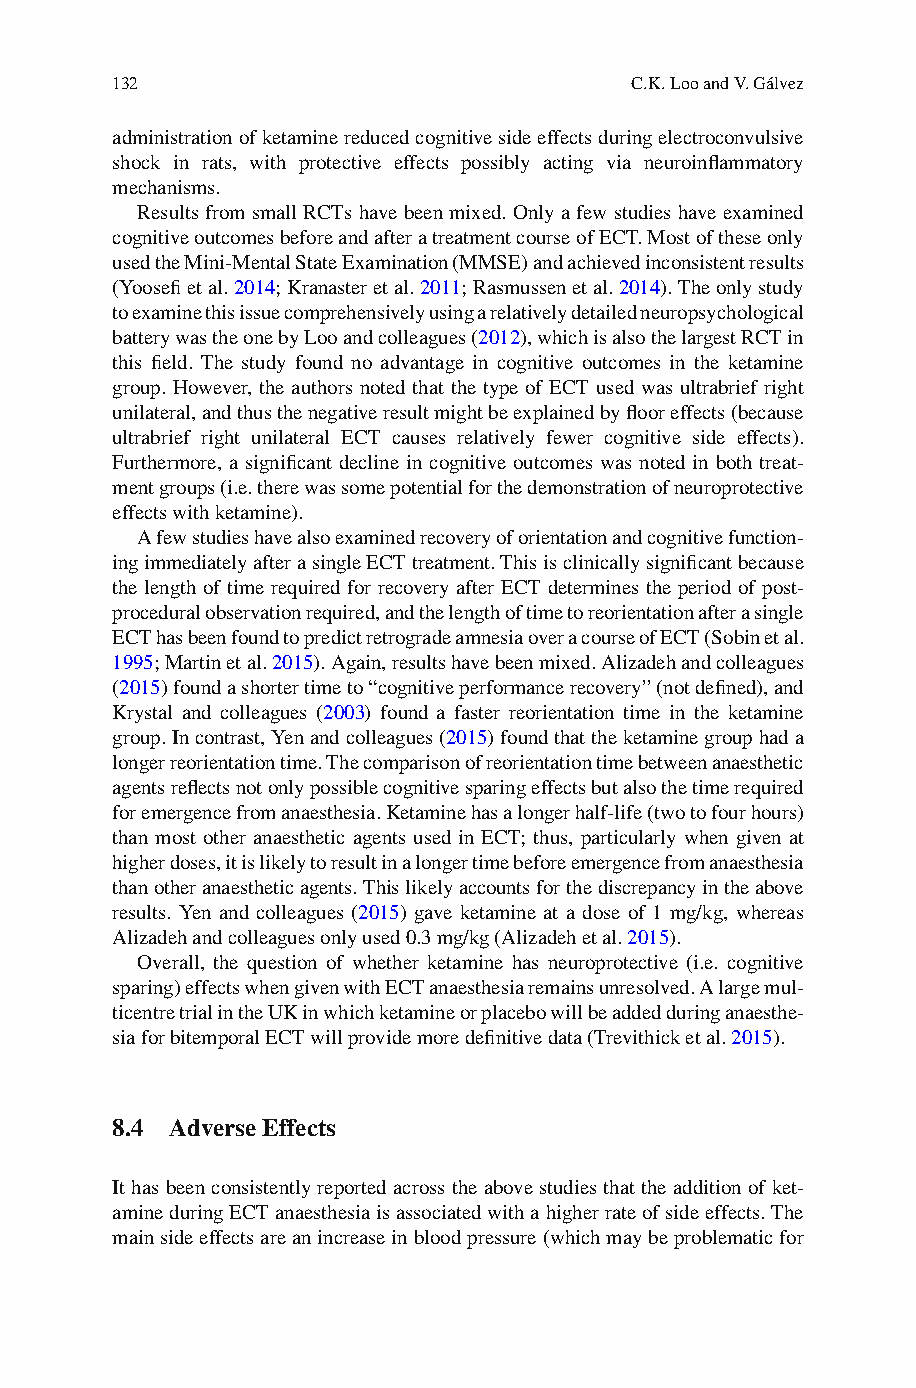
132                                C.K. Loo and V. Gálvez
 administration of ketamine reduced cognitive side effects during electroconvulsive
 shock in rats, with protective effects possibly acting via neuroinfl ammatory
 mechanisms.
 Results from small RCTs have been mixed. Only a few studies have examined
 cognitive outcomes before and after a treatment course of ECT. Most of these only
 used the Mini-Mental State Examination (MMSE) and achieved inconsistent results
 (Yoosefi et al. 2 014 ; Kranaster et al. 2 011 ; Rasmussen et al. 2 014 ). The only study
 to examine this issue comprehensively using a relatively detailed n europsychological
 battery was the one by Loo and colleagues (2 012 ), which is also the largest RCT in
 this fi eld. The study found no advantage in cognitive outcomes in the ketamine
 group. However, the authors noted that the type of ECT used was ultrabrief right
 unilateral, and thus the negative result might be explained by fl oor effects (because
 ultrabrief right unilateral ECT causes relatively fewer cognitive side effects).
 Furthermore, a signifi cant decline in cognitive outcomes was noted in both treat-
 ment groups (i.e. there was some potential for the demonstration of neuroprotective
 effects with ketamine).
 A few studies have also examined recovery of orientation and cognitive function-
 ing immediately after a single ECT treatment. This is clinically signifi cant because
 the length of time required for recovery after ECT determines the period of post-
 procedural observation required, and the length of time to reorientation after a single
 ECT has been found to predict retrograde amnesia over a course of ECT (Sobin et al.
 1995 ; Martin et al. 2 015 ). Again, results have been mixed. Alizadeh and colleagues
 (2 015 ) found a shorter time to “cognitive performance recovery” (not defi ned), and
 Krystal and colleagues (2 003 ) found a faster reorientation time in the ketamine
 group. In contrast, Yen and colleagues (2 015 ) found that the ketamine group had a
 longer reorientation time. The comparison of reorientation time between anaesthetic
 agents refl ects not only possible cognitive sparing effects but also the time required
 for emergence from anaesthesia. Ketamine has a longer half-life (two to four hours)
 than most other anaesthetic agents used in ECT; thus, particularly when given at
 higher doses, it is likely to result in a longer time before emergence from anaesthesia
 than other anaesthetic agents. This likely accounts for the discrepancy in the above
 results. Yen and colleagues (2 015) gave ketamine at a dose of 1 mg/kg, whereas
 Alizadeh and colleagues only used 0.3 mg/kg (Alizadeh et al. 2 015 ).
 Overall, the question of whether ketamine has neuroprotective (i.e. cognitive
 sparing) effects when given with ECT anaesthesia remains unresolved. A large mul-
 ticentre trial in the UK in which ketamine or placebo will be added during anaesthe-
 sia for bitemporal ECT will provide more defi nitive data (Trevithick et al. 2 015 ).
 8.4 Adverse Effects
 It has been consistently reported across the above studies that the addition of ket-
 amine during ECT anaesthesia is associated with a higher rate of side effects. The
 main side effects are an increase in blood pressure (which may be problematic for